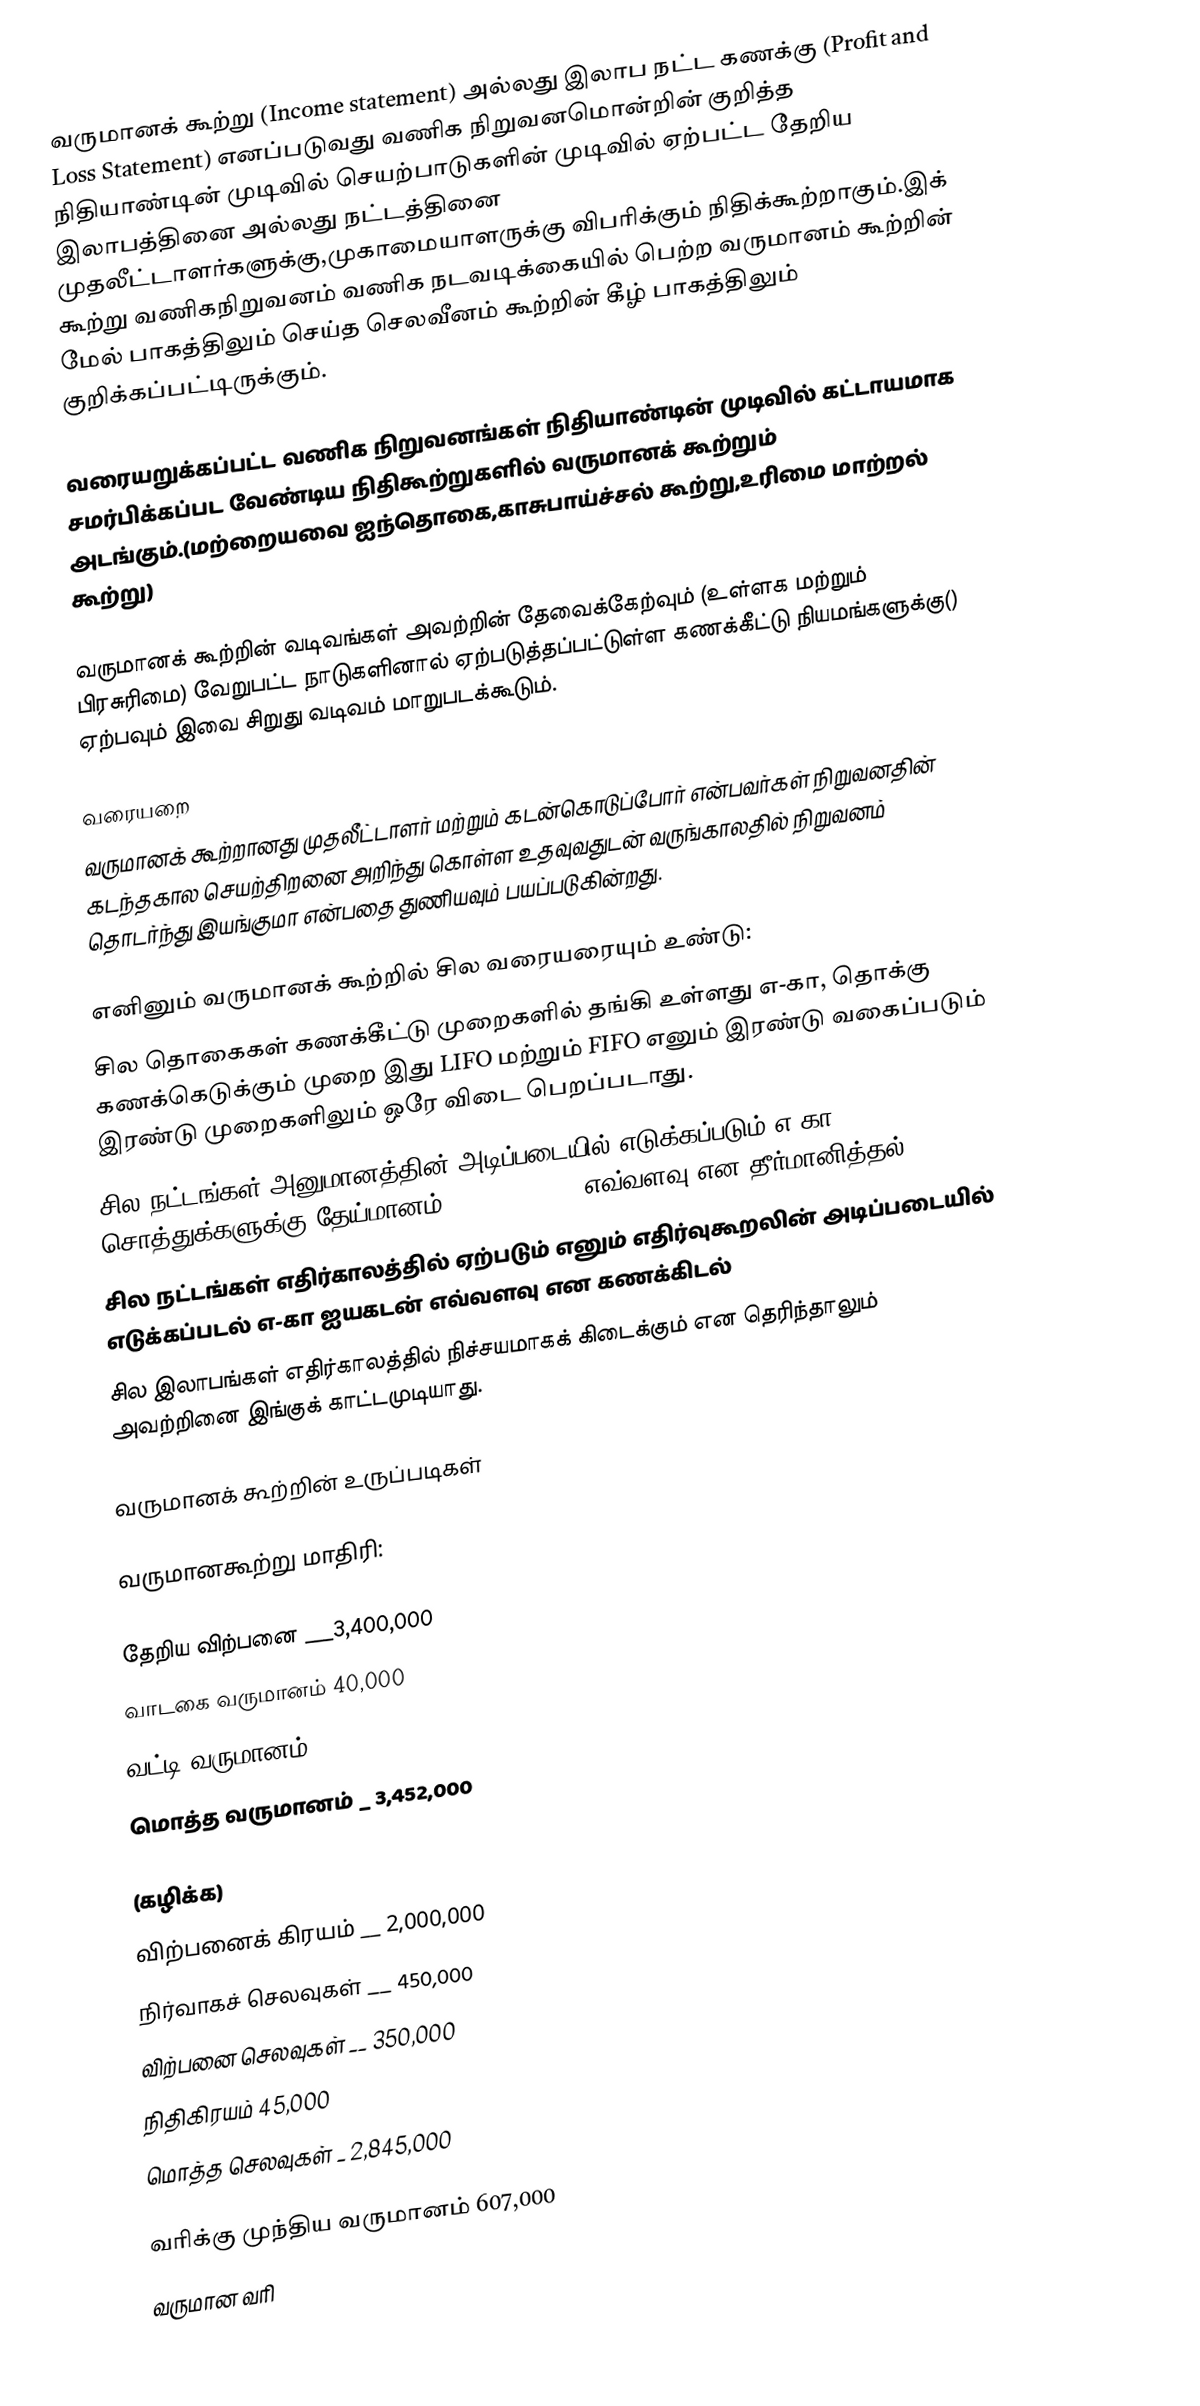
வருமானக் கூற்று (Income statement) அல்லது இலாப நட்ட கணக்கு (Profit and Loss Statement) எனப்படுவது வணிக நிறுவனமொன்றின் குறித்த நிதியாண்டின் முடிவில் செயற்பாடுகளின் முடிவில் ஏற்பட்ட தேறிய இலாபத்தினை அல்லது நட்டத்தினை  முதலீட்டாளர்களுக்கு,முகாமையாளருக்கு விபரிக்கும் நிதிக்கூற்றாகும்.இக் கூற்று வணிகநிறுவனம் வணிக நடவடிக்கையில் பெற்ற வருமானம் கூற்றின் மேல் பாகத்திலும் செய்த செலவீனம் கூற்றின் கீழ் பாகத்திலும் குறிக்கப்பட்டிருக்கும்.

வரையறுக்கப்பட்ட வணிக நிறுவனங்கள் நிதியாண்டின் முடிவில் கட்டாயமாக சமர்பிக்கப்பட வேண்டிய நிதிகூற்றுகளில் வருமானக் கூற்றும் அடங்கும்.(மற்றையவை ஐந்தொகை,காசுபாய்ச்சல் கூற்று,உரிமை மாற்றல் கூற்று)

வருமானக் கூற்றின் வடிவங்கள் அவற்றின் தேவைக்கேற்வும் (உள்ளக மற்றும் பிரசுரிமை)  வேறுபட்ட நாடுகளினால் ஏற்படுத்தப்பட்டுள்ள கணக்கீட்டு நியமங்களுக்கு() ஏற்பவும் இவை சிறுது வடிவம் மாறுபடக்கூடும்.

வரையறை
வருமானக் கூற்றானது முதலீட்டாளர் மற்றும் கடன்கொடுப்போர் என்பவர்கள் நிறுவனதின் கடந்தகால செயற்திறனை அறிந்து கொள்ள உதவுவதுடன் வருங்காலதில் நிறுவனம் தொடர்ந்து இயங்குமா என்பதை துணியவும் பயப்படுகின்றது.

எனினும் வருமானக் கூற்றில் சில வரையரையும் உண்டு:
 சில தொகைகள் கணக்கீட்டு முறைகளில் தங்கி உள்ளது எ-கா, தொக்கு கணக்கெடுக்கும் முறை இது LIFO மற்றும் FIFO எனும் இரண்டு வகைப்படும் இரண்டு முறைகளிலும் ஒரே விடை பெறப்படாது.
 சில நட்டங்கள் அனுமானத்தின் அடிப்படையில் எடுக்கப்படும் எ-கா சொத்துக்களுக்கு தேய்மானம்(depreciation) எவ்வளவு என தீர்மானித்தல்
 சில நட்டங்கள் எதிர்காலத்தில் ஏற்படும் எனும் எதிர்வுகூறலின் அடிப்படையில் எடுக்கப்படல் எ-கா ஐயகடன் எவ்வளவு என கணக்கிடல்
 சில இலாபங்கள் எதிர்காலத்தில் நிச்சயமாகக் கிடைக்கும் என தெரிந்தாலும் அவற்றினை இங்குக் காட்டமுடியாது.

வருமானக் கூற்றின் உருப்படிகள்

வருமானகூற்று மாதிரி:

   தேறிய விற்பனை ___3,400,000
   வாடகை வருமானம்    40,000
   வட்டி வருமானம்        __ 12,000
      மொத்த வருமானம்   _ 3,452,000

   (கழிக்க)
   விற்பனைக் கிரயம்  __ 2,000,000
   நிர்வாகச் செலவுகள்     __  450,000
   விற்பனை செலவுகள் __ 350,000
   நிதிகிரயம்           45,000
      மொத்த செலவுகள்    _ 2,845,000

   வரிக்கு முந்திய வருமானம்  607,000
   வருமான வரி